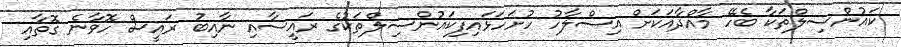
ކައުންސިލްތަކާ ބެހޭ މާއްދާއަކަށް އިސްލާހު ހުށަހަޅައިފިކައުންސިލްތަކުގެ ރައީސާއި ނާއިބު ރައީސް ހޮވާނެ ގޮތާއި